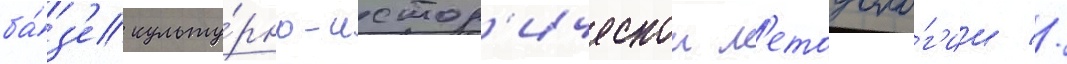
ба́з'е культу́рно-истор'ическои м'етодоло́г'ии //